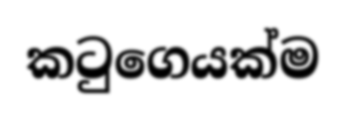
කටුගෙයක්ම